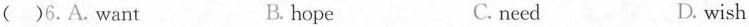
( )6.A.Want B. hope C. need D. wish